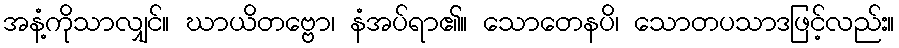
အနံ့ကိုသာလျှင်။ ဃာယိတဗ္ဗော၊ နံအပ်ရာ၏။ သောတေနပိ၊ သောတပသာဒဖြင့်လည်း။